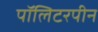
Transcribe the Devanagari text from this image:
पॉलिटरपीन